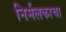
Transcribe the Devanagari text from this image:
निर्मलकाचा